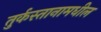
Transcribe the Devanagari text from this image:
तुर्कस्तानामधील